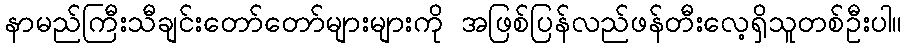
နာမည်ကြီးသီချင်းတော်တော်များများကို အဖြစ်ပြန်လည်ဖန်တီးလေ့ရှိသူတစ်ဦးပါ။